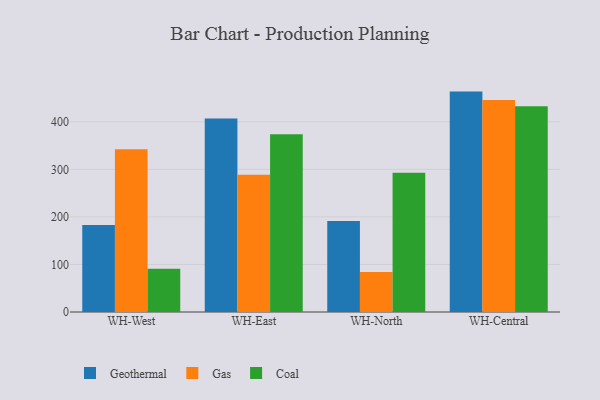
{"axis": {"x": "Warehouse", "y": "Headcount"}, "legend": ["Coal", "Gas", "Geothermal"], "data": [{"x": "WH-West", "y": 182.8, "type": "Geothermal"}, {"x": "WH-West", "y": 342.3, "type": "Gas"}, {"x": "WH-West", "y": 90.7, "type": "Coal"}, {"x": "WH-East", "y": 406.8, "type": "Geothermal"}, {"x": "WH-East", "y": 288.6, "type": "Gas"}, {"x": "WH-East", "y": 374.0, "type": "Coal"}, {"x": "WH-North", "y": 191.4, "type": "Geothermal"}, {"x": "WH-North", "y": 84.2, "type": "Gas"}, {"x": "WH-North", "y": 292.6, "type": "Coal"}, {"x": "WH-Central", "y": 463.5, "type": "Geothermal"}, {"x": "WH-Central", "y": 445.8, "type": "Gas"}, {"x": "WH-Central", "y": 432.7, "type": "Coal"}]}